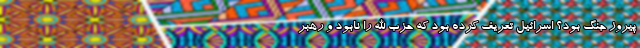
پیروز جنگ بود؟ اسرائیل تعریف کرده بود که حزب الله را نابود و رهبر